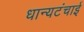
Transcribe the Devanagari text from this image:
धान्यटंचाई